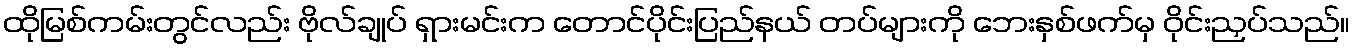
ထိုမြစ်ကမ်းတွင်လည်း ဗိုလ်ချုပ် ရှားမင်းက တောင်ပိုင်းပြည်နယ် တပ်များကို ဘေးနှစ်ဖက်မှ ဝိုင်းညှပ်သည်။